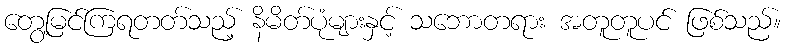
တွေ့မြင်ကြရတတ်သည့် နိမိတ်ပုံများနှင့် သဘောတရား အတူတူပင် ဖြစ်သည်။